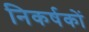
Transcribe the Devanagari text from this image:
निकर्षकों